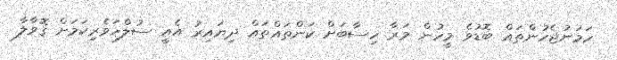
ހަމަނުޖެހުންތައް ބޮޑުވެ މީހުން މަރާ ހިސާބަށް ކަންތައްތައް ދިޔައިރު އެއީ ސުލްހަވެރިކަމަށް ގޮވާލާ